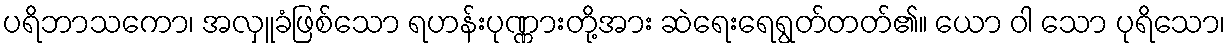
ပရိဘာသကော၊ အလှူခံဖြစ်သော ရဟန်းပုဏ္ဏားတို့အား ဆဲရေးရေရွတ်တတ်၏။ ယော ဝါ သော ပုရိသော၊